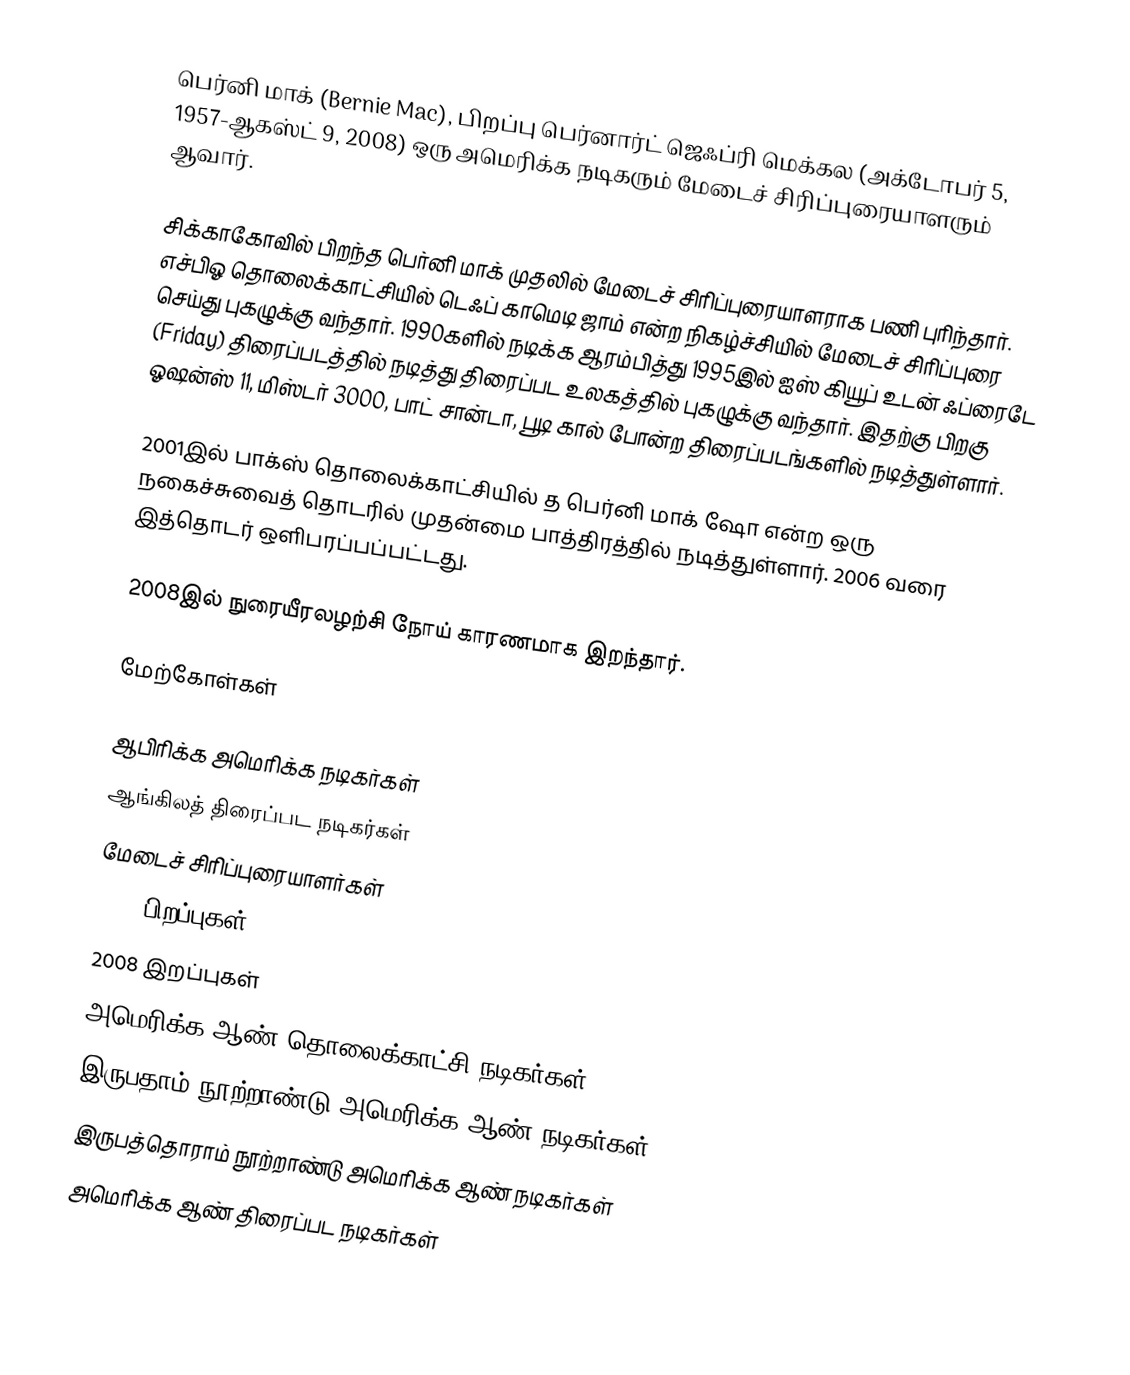
பெர்னி மாக் (Bernie Mac), பிறப்பு பெர்னார்ட் ஜெஃப்ரி மெக்கல (அக்டோபர் 5, 1957-ஆகஸ்ட் 9, 2008) ஒரு அமெரிக்க நடிகரும் மேடைச் சிரிப்புரையாளரும் ஆவார்.

சிக்காகோவில் பிறந்த பெர்னி மாக் முதலில் மேடைச் சிரிப்புரையாளராக பணி புரிந்தார். எச்பிஓ தொலைக்காட்சியில் டெஃப் காமெடி ஜாம் என்ற நிகழ்ச்சியில் மேடைச் சிரிப்புரை செய்து புகழுக்கு வந்தார். 1990களில் நடிக்க ஆரம்பித்து 1995இல் ஐஸ் கியூப் உடன் ஃப்ரைடே (Friday) திரைப்படத்தில் நடித்து திரைப்பட உலகத்தில் புகழுக்கு வந்தார். இதற்கு பிறகு ஓஷன்ஸ் 11, மிஸ்டர் 3000, பாட் சான்டா, பூடி கால் போன்ற திரைப்படங்களில் நடித்துள்ளார்.

2001இல் பாக்ஸ் தொலைக்காட்சியில் த பெர்னி மாக் ஷோ என்ற ஒரு நகைச்சுவைத் தொடரில் முதன்மை பாத்திரத்தில் நடித்துள்ளார். 2006 வரை இத்தொடர் ஒளிபரப்பப்பட்டது.

2008இல் நுரையீரலழற்சி நோய் காரணமாக இறந்தார்.

மேற்கோள்கள்

ஆபிரிக்க அமெரிக்க நடிகர்கள்
ஆங்கிலத் திரைப்பட நடிகர்கள்
மேடைச் சிரிப்புரையாளர்கள்
1957 பிறப்புகள்
2008 இறப்புகள்
அமெரிக்க ஆண் தொலைக்காட்சி நடிகர்கள்
இருபதாம் நூற்றாண்டு அமெரிக்க ஆண் நடிகர்கள்
இருபத்தொராம் நூற்றாண்டு அமெரிக்க ஆண் நடிகர்கள்
அமெரிக்க ஆண் திரைப்பட நடிகர்கள்